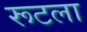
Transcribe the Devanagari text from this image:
रूटला